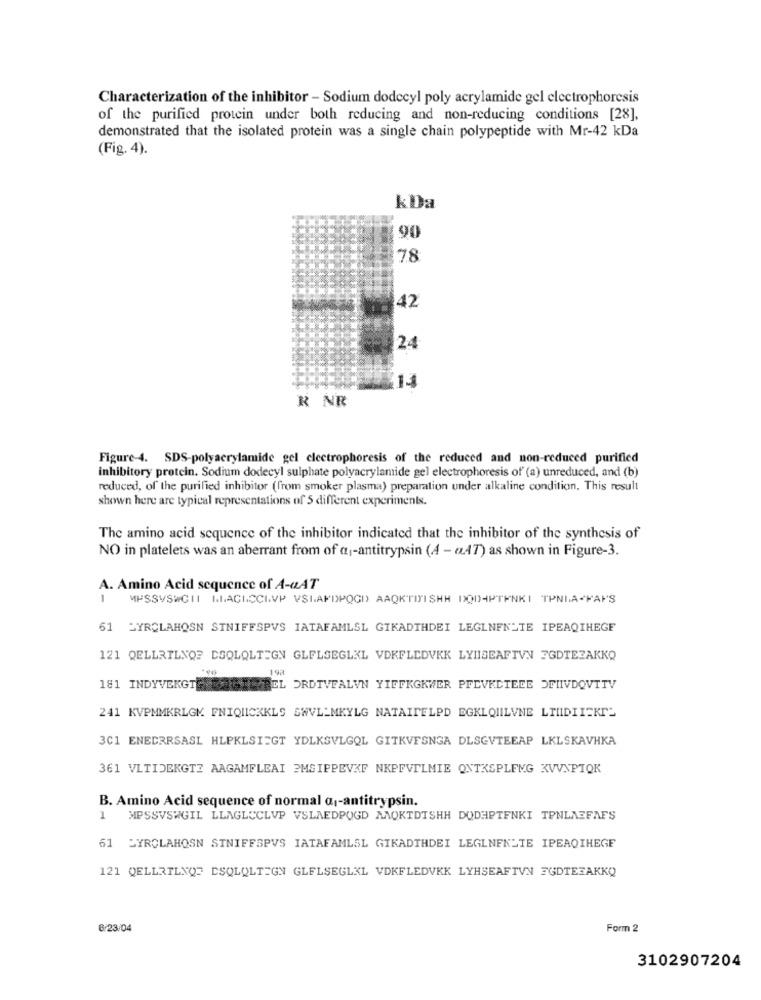
Characterization of the inhibitor - Sodium dodecyl poly acrylamide gel electrophoresis
of the purified protein under both reducing and non-reducing conditions [28],
demonstrated that the isolated protein was a single chain polypeptide with Mr-42 kDa
(Fig. 4).
kDa
90
78
42
24
£14
R NR
Figure-4. SDS-polyacrylamide gel electrophoresis of the reduced and non-reduced purified
inhibitory protein. Sodium dodecyl sulphate polyacrylamide gel electrophoresis of (a) unreduced, and (b)
reduced, of the purified inhibitor (from smoker plasma) preparation under alkaline condition, This result
shown here are typical representations of 5 different experiments.
The amino acid sequence of the inhibitor indicated that the inhibitor of the synthesis of
NO in platelets was an aberrant from of a-antitrypsin (4 - (47) as shown in Figure-3.
A. Amino Acid sequence of A-aAT
1
MPSSVSWCHI MAGICCIVP VSLAFDPQGD AAQKTITISHH DQD)-PTENKI TPNLA-FANS
61 SYRCLAHOSN SINIFFSPVS IATAFAMLSL GIKADTHDEI LEGLNENLIE IPEAQTHEGE
121 QELLRILNO? CSOLQLTEGN GLFLSEGLKL VDKFLEDVKK LYHISEAFTVN FGDTEZAKKO
192
181 INDYVEKGTE
WREL ORDIVEALVN YIFFKGKWER PFEVKCTEDE DELIVDOVTTV
241 KVPMMKRLGK FNIQUICKKLS SWVL-MKYLG NATAITELPD EGKLQUILVNE LINDIISKT_
3C1 ENEDRRSASL HLPKLSIEGT YDLKSVLGQL GITKVESNGA DLSGVTEEAP LKLSKAVHKA
361 VLTIDEKGT? AAGAMFLEAI ?MSIPPEVKF NKPEVTLMIE ONTKSPLENG KVVNPTOK
B. Amino Acid sequence of normal a1-antitrypsin.
1
MESSVSWGIL LLAGLCCLVP VSLAEDPOGD MAOKTDTSHH DODAPTENKI TPNLAEFAFS
1 SYROLAHOSN SINIFFSPVS IATAFAMLSL GIKADTHDEI LEGLNENLIE IPEAQIHEGE
121 QELLRTLXQT ESQLOLTEGN GLFLSEGLKL VDKFLEDVKK LYHSEAFTVN FGDTEZAKKQ
6/23/04
Form 2
3102907204